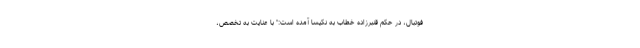
فوتبال، در حکم قنبرزاده خطاب به نکیسا آمده است:" با عنایت به تخصص،